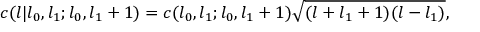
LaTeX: c ( l | l _ { 0 } , l _ { 1 } ; l _ { 0 } , l _ { 1 } + 1 ) = c ( l _ { 0 } , l _ { 1 } ; l _ { 0 } , l _ { 1 } + 1 ) \sqrt { ( l + l _ { 1 } + 1 ) ( l - l _ { 1 } ) } ,